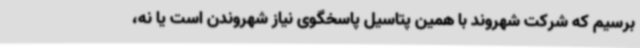
برسیم که شرکت شهروند با همین پتاسیل پاسخگوی نیاز شهروندن است یا نه،